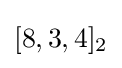
[8,3,4]_{2}